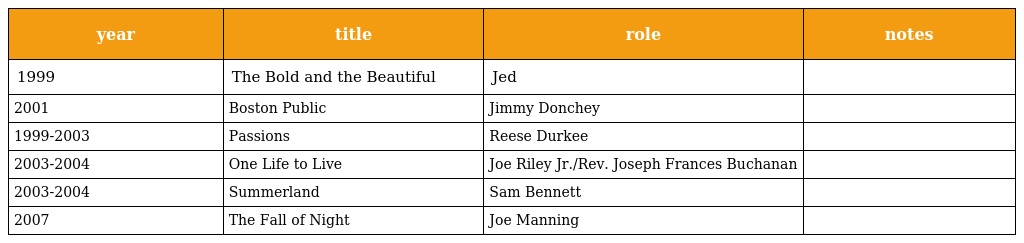
| year | title | role | notes |
 | --- | --- | --- | --- |
 | 1999 | The Bold and the Beautiful | Jed |  |
 | 2001 | Boston Public | Jimmy Donchey |  |
 | 1999-2003 | Passions | Reese Durkee |  |
 | 2003-2004 | One Life to Live | Joe Riley Jr./Rev. Joseph Frances Buchanan |  |
 | 2003-2004 | Summerland | Sam Bennett |  |
 | 2007 | The Fall of Night | Joe Manning |  |